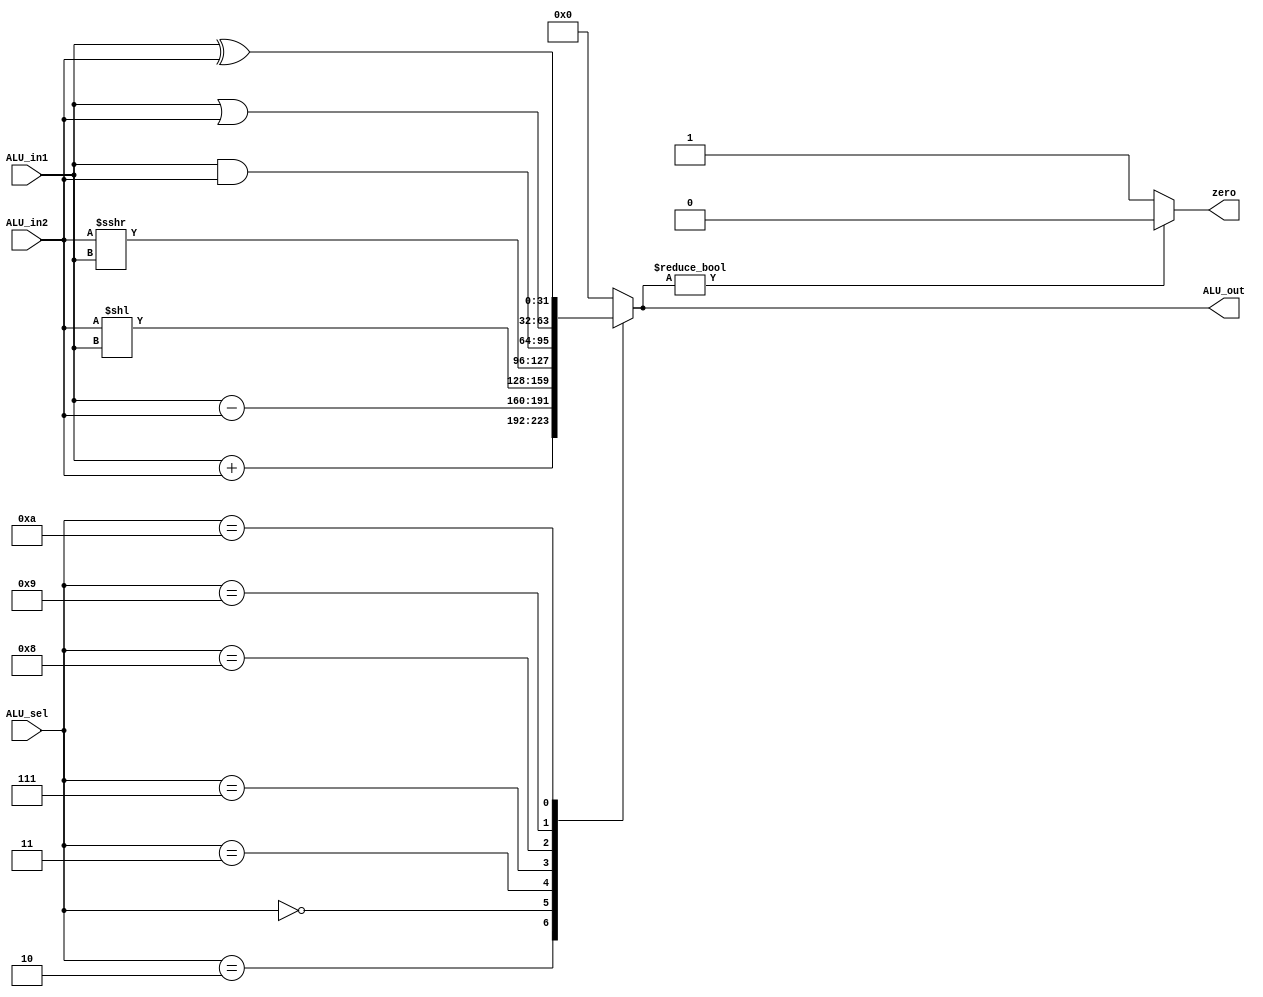
module ALU(input [3:0] ALU_sel,
           input [31:0] ALU_in1, ALU_in2,
           output wire zero,
           output reg [31:0] ALU_out
    );
    parameter ADD=4'b0010, SUB=4'b0000, SLL=4'b0011, LRS=4'b0100, LVLS=4'b0101, LVRS=4'b0110;
    parameter SRA=4'b0111, AND=4'b1000, OR=4'b1001, XOR=4'b1010, XNOR=4'b1011;
    always @ (ALU_in1 or ALU_in2 or ALU_sel)
        case(ALU_sel)
            ADD : ALU_out = ALU_in1 + ALU_in2;
            SUB : ALU_out = ALU_in1 - ALU_in2;
            //SLL : ALU_out = ALU_in1 << 1;
            //LRS : ALU_out = ALU_in1 >> 1;
            SLL : ALU_out = ALU_in2 << ALU_in1;
            //LVRS : ALU_out = ALU_in1 >> ALU_in2;
            SRA : ALU_out = ALU_in2 >>> ALU_in1;
            AND : ALU_out = ALU_in1 & ALU_in2;
            OR : ALU_out = ALU_in1 | ALU_in2;
            XOR : ALU_out = ALU_in1 ^ ALU_in2;
            //XNOR : ALU_out = ALU_in1 ~^ ALU_in2;
            default : ALU_out = 0;
         endcase
    
    // Asynchronously drive output zero to 1 when ALU_out is 0   
    assign zero = ALU_out ? 0 : 1;
    
endmodule